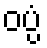
ဝပ္ပံ